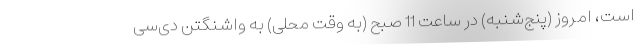
است، امروز (پنج‌شنبه) در ساعت 11 صبح (به وقت محلی) به واشنگتن دی‌سی